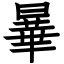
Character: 曅